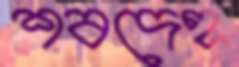
শবদেহ